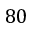
8 0